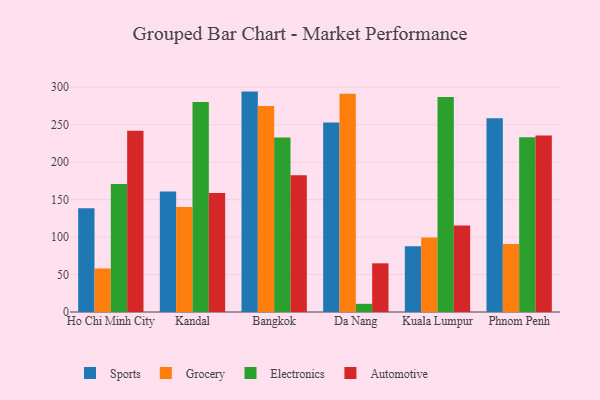
{"axis": {"x": "City", "y": "Website Visitors"}, "legend": ["Automotive", "Electronics", "Grocery", "Sports"], "data": [{"x": "Ho Chi Minh City", "y": 138.5, "type": "Sports"}, {"x": "Ho Chi Minh City", "y": 58.1, "type": "Grocery"}, {"x": "Ho Chi Minh City", "y": 170.8, "type": "Electronics"}, {"x": "Ho Chi Minh City", "y": 241.9, "type": "Automotive"}, {"x": "Kandal", "y": 160.9, "type": "Sports"}, {"x": "Kandal", "y": 140.2, "type": "Grocery"}, {"x": "Kandal", "y": 280.3, "type": "Electronics"}, {"x": "Kandal", "y": 158.8, "type": "Automotive"}, {"x": "Bangkok", "y": 294.2, "type": "Sports"}, {"x": "Bangkok", "y": 275.0, "type": "Grocery"}, {"x": "Bangkok", "y": 232.8, "type": "Electronics"}, {"x": "Bangkok", "y": 182.7, "type": "Automotive"}, {"x": "Da Nang", "y": 252.9, "type": "Sports"}, {"x": "Da Nang", "y": 291.3, "type": "Grocery"}, {"x": "Da Nang", "y": 10.9, "type": "Electronics"}, {"x": "Da Nang", "y": 65.0, "type": "Automotive"}, {"x": "Kuala Lumpur", "y": 87.7, "type": "Sports"}, {"x": "Kuala Lumpur", "y": 99.3, "type": "Grocery"}, {"x": "Kuala Lumpur", "y": 287.0, "type": "Electronics"}, {"x": "Kuala Lumpur", "y": 115.6, "type": "Automotive"}, {"x": "Phnom Penh", "y": 258.5, "type": "Sports"}, {"x": "Phnom Penh", "y": 90.8, "type": "Grocery"}, {"x": "Phnom Penh", "y": 233.4, "type": "Electronics"}, {"x": "Phnom Penh", "y": 235.7, "type": "Automotive"}]}